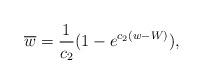
LaTeX: \begin{align*}\overline w =\frac{1}{c_2}(1-e^{c_2(w -W )}),\end{align*}